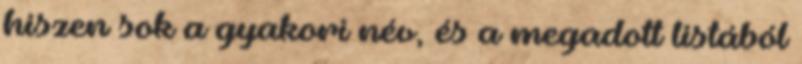
hiszen sok a gyakori név, és a megadott listából